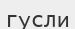
гусли